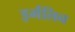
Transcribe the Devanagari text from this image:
इर्मलिन